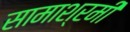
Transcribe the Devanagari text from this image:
सामाश्रमी